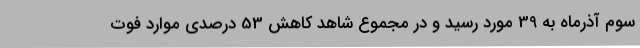
سوم آذرماه به 39 مورد رسید و در مجموع شاهد کاهش 53 درصدی موارد فوت